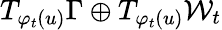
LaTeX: T_{\varphi_{t}(u)}\Gamma\oplus T_{\varphi_{t}(u)}\mathcal{W}_{t}